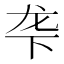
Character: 𬻓